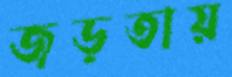
জড়তায়